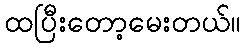
ထပြီးတော့မေးတယ်။